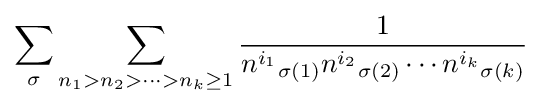
\sum _{\sigma }\sum _{n_{1}>n_{2}>\cdots >n_{k}\geq 1}{\frac {1}{{n^{i_{1}}}_{\sigma (1)}{n^{i_{2}}}_{\sigma (2)}\cdots {n^{i_{k}}}_{\sigma (k)}}}